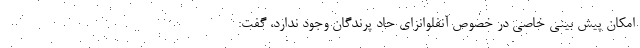
امکان پیش بینی خاصی در خصوص آنفلوانزای حاد پرندگان وجود ندارد، گفت: